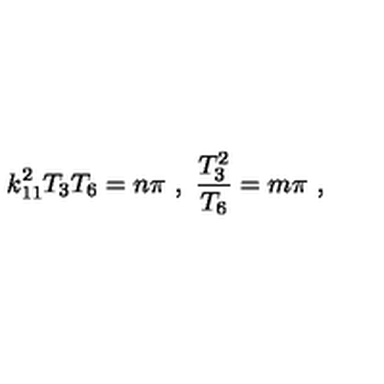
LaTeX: k _ { 1 1 } ^ { 2 } T _ { 3 } T _ { 6 } = n \pi \ , \ { \frac { T _ { 3 } ^ { 2 } } { T _ { 6 } } } = m \pi \ ,